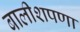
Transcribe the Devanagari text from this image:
बालीशपणा